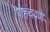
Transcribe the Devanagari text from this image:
पोहंचवणे